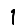
Digit: 1